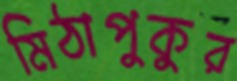
মিঠাপুকুর